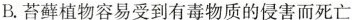
B.苔藓植物容易受到有毒物质的侵害而死亡